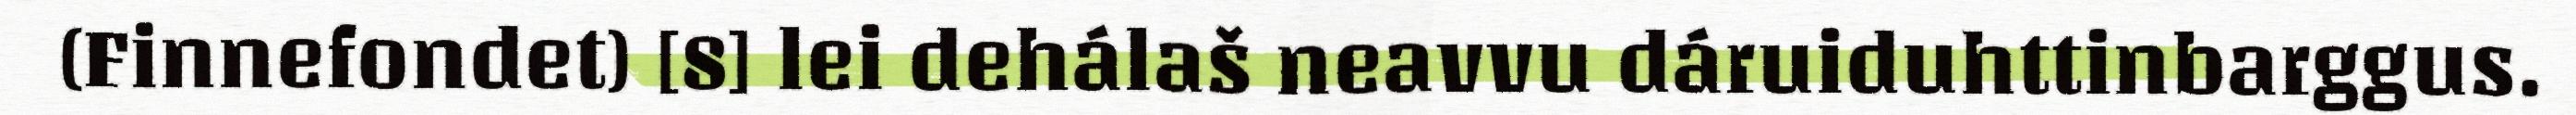
(Finnefondet) [8] lei dehálaš neavvu dáruiduhttinbarggus.